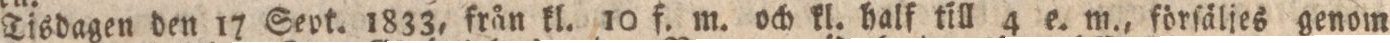
Tisdagen den 17 Sept. 1833, från kl. 10 f. m. och kl. half till 4 e. m., förſälies genom